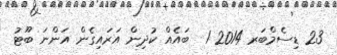
23 ޑިސެމްބަރ 2014 1  ބައެއް ކުދިން އަރައިގެން އަންނަ ބޫޓު